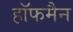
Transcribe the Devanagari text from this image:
हाॅफमैन